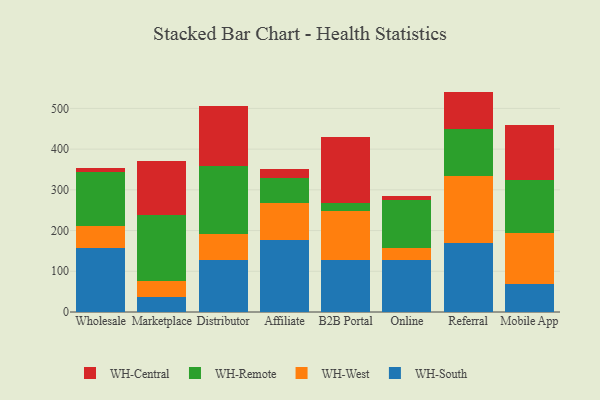
{"axis": {"x": "Channel", "y": "Demand Index"}, "legend": ["WH-Central", "WH-Remote", "WH-South", "WH-West"], "data": [{"x": "Wholesale", "y": 157.2, "type": "WH-South"}, {"x": "Wholesale", "y": 54.9, "type": "WH-West"}, {"x": "Wholesale", "y": 131.2, "type": "WH-Remote"}, {"x": "Wholesale", "y": 11.1, "type": "WH-Central"}, {"x": "Marketplace", "y": 35.8, "type": "WH-South"}, {"x": "Marketplace", "y": 41.2, "type": "WH-West"}, {"x": "Marketplace", "y": 161.3, "type": "WH-Remote"}, {"x": "Marketplace", "y": 132.1, "type": "WH-Central"}, {"x": "Distributor", "y": 127.5, "type": "WH-South"}, {"x": "Distributor", "y": 64.7, "type": "WH-West"}, {"x": "Distributor", "y": 166.5, "type": "WH-Remote"}, {"x": "Distributor", "y": 148.2, "type": "WH-Central"}, {"x": "Affiliate", "y": 177.8, "type": "WH-South"}, {"x": "Affiliate", "y": 90.8, "type": "WH-West"}, {"x": "Affiliate", "y": 59.6, "type": "WH-Remote"}, {"x": "Affiliate", "y": 22.9, "type": "WH-Central"}, {"x": "B2B Portal", "y": 128.1, "type": "WH-South"}, {"x": "B2B Portal", "y": 120.8, "type": "WH-West"}, {"x": "B2B Portal", "y": 18.5, "type": "WH-Remote"}, {"x": "B2B Portal", "y": 162.1, "type": "WH-Central"}, {"x": "Online", "y": 128.1, "type": "WH-South"}, {"x": "Online", "y": 28.1, "type": "WH-West"}, {"x": "Online", "y": 118.2, "type": "WH-Remote"}, {"x": "Online", "y": 10.1, "type": "WH-Central"}, {"x": "Referral", "y": 168.5, "type": "WH-South"}, {"x": "Referral", "y": 165.5, "type": "WH-West"}, {"x": "Referral", "y": 115.1, "type": "WH-Remote"}, {"x": "Referral", "y": 92.2, "type": "WH-Central"}, {"x": "Mobile App", "y": 67.7, "type": "WH-South"}, {"x": "Mobile App", "y": 126.9, "type": "WH-West"}, {"x": "Mobile App", "y": 130.6, "type": "WH-Remote"}, {"x": "Mobile App", "y": 135.3, "type": "WH-Central"}]}